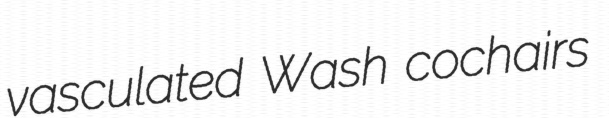
vasculated Wash cochairs